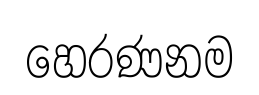
හෙරණනම